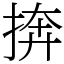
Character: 捹